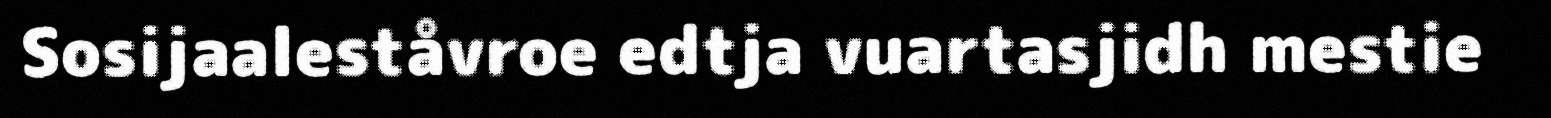
Sosijaaleståvroe edtja vuartasjidh mestie